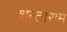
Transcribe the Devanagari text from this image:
शन्ताराम